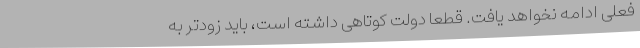
فعلی ادامه نخواهد یافت. قطعاً دولت کوتاهی داشته است، باید زودتر به